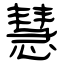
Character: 慧